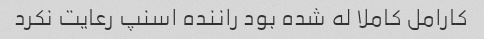
کارامل کاملا له شده بود راننده اسنپ رعایت نکرد